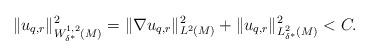
LaTeX: \begin{align*} \|u_{q,r}\|^2_{W^{1,2}_{\delta^\ast}(M)}=\|\nabla u_{q,r}\|^2_{L^2(M)}+\|u_{q,r}\|^2_{L^2_{\delta^\ast}(M)}<C.\end{align*}